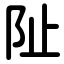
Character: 阯